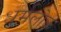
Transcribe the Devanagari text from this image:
धर्मलोक